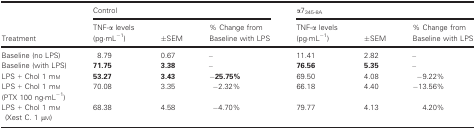
| <ROWSPAN=2> Treatment | <COLSPAN=3> Control | <COLSPAN=3> α7345‐8A |
 | TNF‐α levels (pg·mL−1) | ±SEM | % Change from Baseline with LPS | TNF‐α levels (pg·mL−1) | ±SEM | % Change from Baseline with LPS |
 | --- | --- | --- | --- | --- | --- | --- |
 | Baseline (no LPS) | 8.79 | 0.67 | – | 11.41 | 2.82 | – |
 | Baseline (with LPS) | 71.75 | 3.38 | – | 76.56 | 5.35 | – |
 | LPS + Chol 1 mm | 53.27 | 3.43 | −25.75% | 69.50 | 4.08 | −9.22% |
 | LPS + Chol 1 mm (PTX 100 ng·mL−1) | 70.08 | 3.35 | −2.32% | 66.18 | 4.40 | −13.56% |
 | LPS + Chol 1 mm (Xest C. 1 μm) | 68.38 | 4.58 | −4.70% | 79.77 | 4.13 | 4.20% |